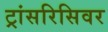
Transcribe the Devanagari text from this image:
ट्रांसरिसिवर